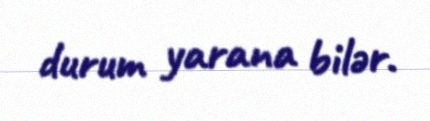
durum yarana bilər.